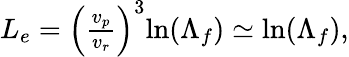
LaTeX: \begin{array}{r}{L_{e}=\left(\frac{v_{p}}{v_{r}}\right)^{3}\mathrm{ln}(\Lambda_{f})\simeq\mathrm{ln}(\Lambda_{f}),}\end{array}